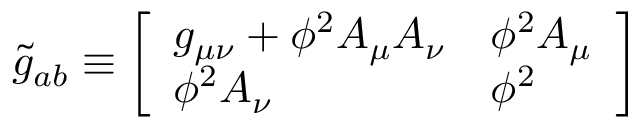
{ \widetilde { g } } _ { a b } \equiv { \left[ \begin{array} { l l } { g _ { \mu \nu } + \phi ^ { 2 } A _ { \mu } A _ { \nu } } & { \phi ^ { 2 } A _ { \mu } } \\ { \phi ^ { 2 } A _ { \nu } } & { \phi ^ { 2 } } \end{array} \right] }